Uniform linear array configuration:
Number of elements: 16
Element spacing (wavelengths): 0.25
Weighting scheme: hann
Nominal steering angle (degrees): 15
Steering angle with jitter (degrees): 14.372
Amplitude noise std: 0.05
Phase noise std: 0.05

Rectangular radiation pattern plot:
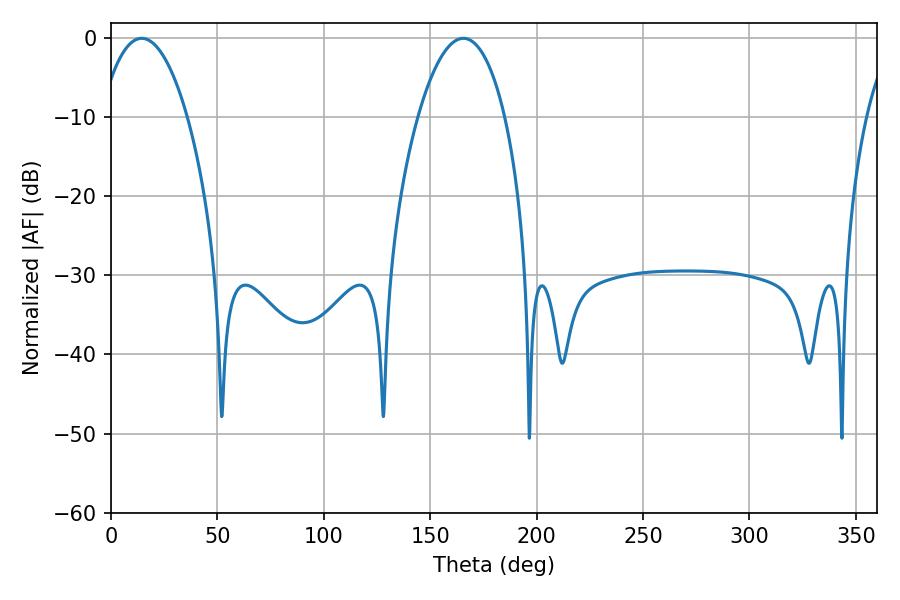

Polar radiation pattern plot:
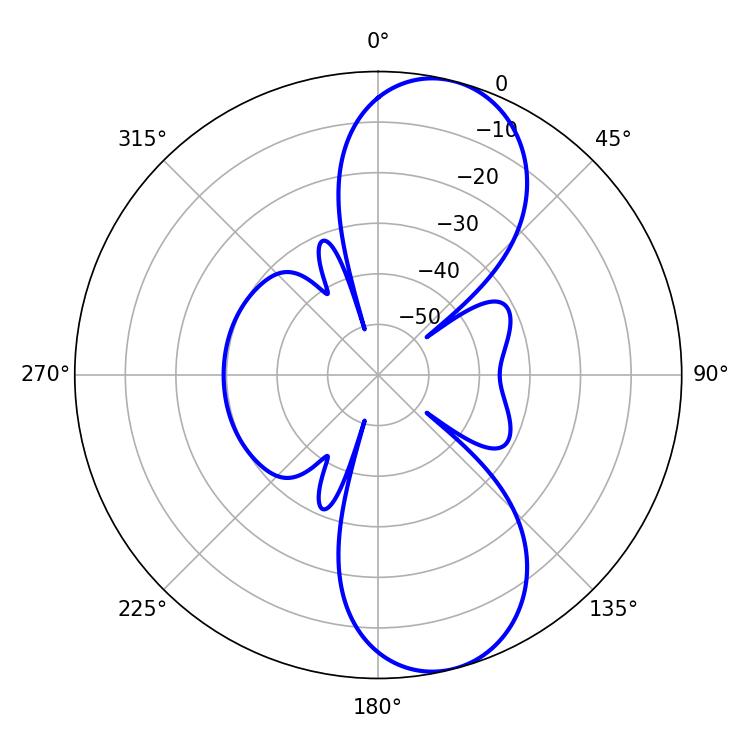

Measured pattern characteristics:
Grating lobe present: FALSE
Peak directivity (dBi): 9.686
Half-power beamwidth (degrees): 22.86
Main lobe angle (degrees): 14.4